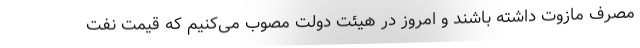
مصرف مازوت داشته باشند و امروز در هیئت دولت مصوب می‌کنیم که قیمت نفت